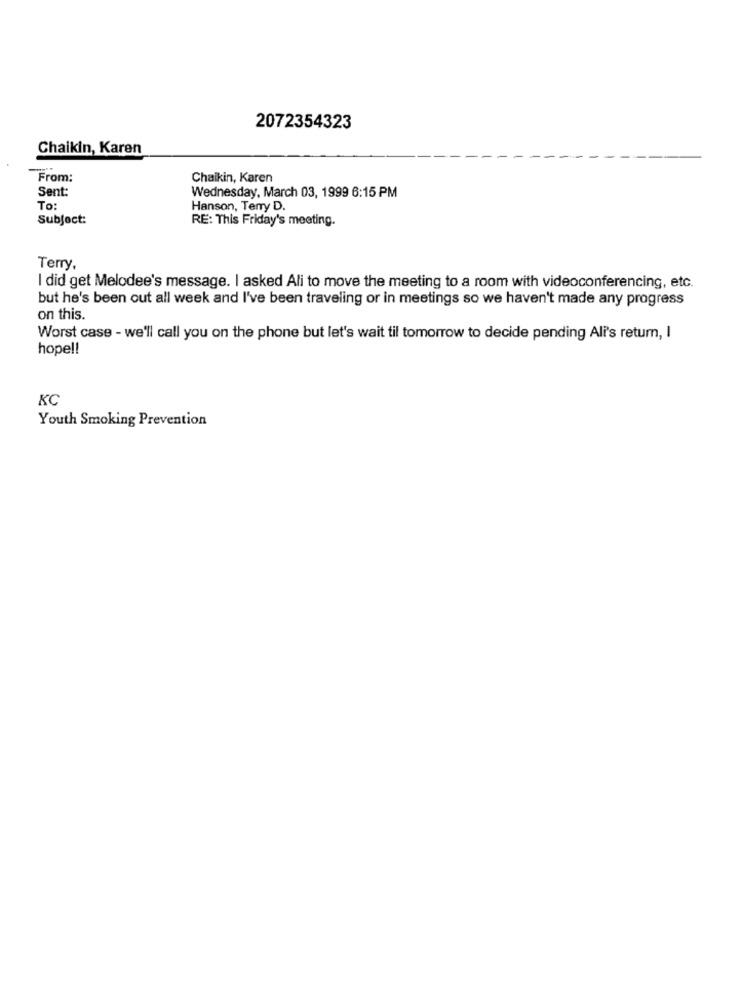
2072354323
Chaikin, Karen
From:
Chaikin, Karen
Sent:
Wednesday, March 03, 1999 6:15 PM
To:
Hanson, Terry D.
Subject:
RE: This Friday's meeting.
Terry
I did get Melodee's message. I asked Ali to move the meeting to a room with videoconferencing, etc.
but he's been out all week and I've been traveling or in meetings so we haven't made any progress
on this.
Worst case - we'll call you on the phone but let's wait til tomorrow to decide pending Ali's return, I
hope !!
KC
Youth Smoking Prevention